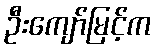
ဦးကျော်မြင့်က